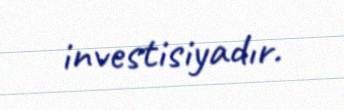
investisiyadır.